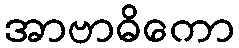
အာဗာဓိကော